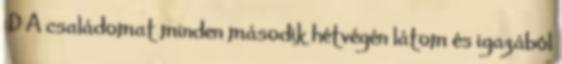
:D A családomat minden második hétvégén látom és igazából